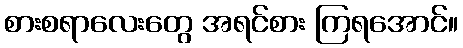
စားစရာလေးတွေ အရင်စား ကြရအောင်။